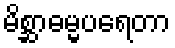
မိစ္ဆာဓမ္မပရေတာ